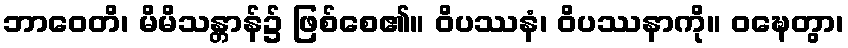
ဘာဝေတိ၊ မိမိသန္တာန်၌ ဖြစ်စေ၏။ ဝိပဿနံ၊ ဝိပဿနာကို။ ဝဍ္ဎေတွာ၊